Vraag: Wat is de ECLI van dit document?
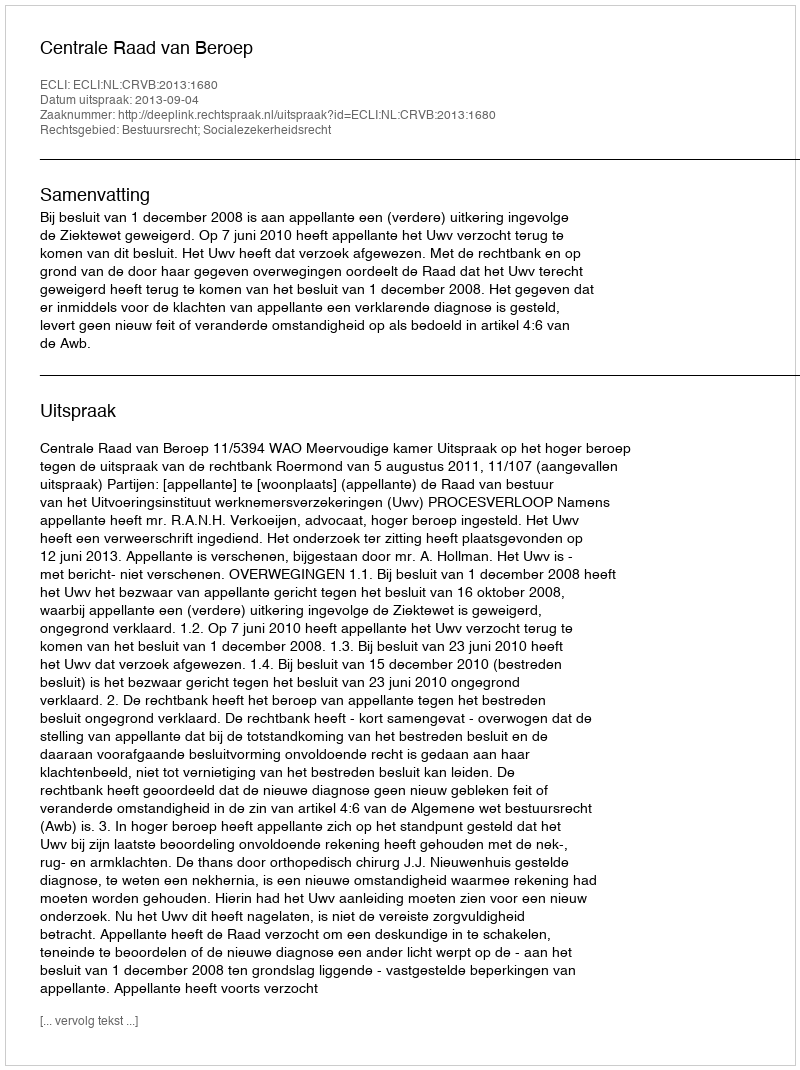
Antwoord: ECLI:NL:CRVB:2013:1680